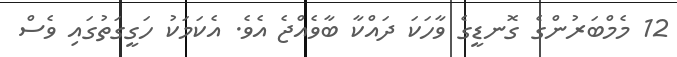
12 މެމްބަރުންގެ ގޮނޑީގެ ވާހަކަ ދައްކާ ބާވެއްޖެ އެވެ. އެކަމަކު ހަގީގަތުގައި ވެސް